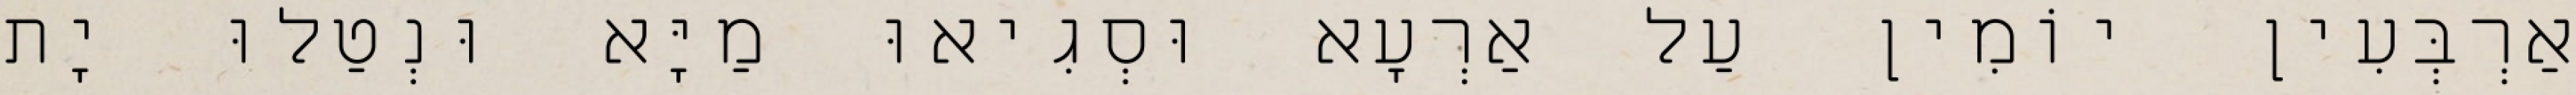
אַרְבְּעִין יוֹמִין עַל אַרְעָא וּסְגִיאוּ מַיָּא וּנְטַלוּ יָת